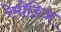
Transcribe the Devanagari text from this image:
रेमीडिज